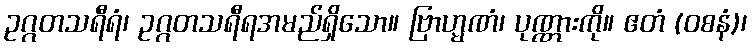
ဥဂ္ဂတသရီရံ၊ ဥဂ္ဂတသရီရအမည်ရှိသော။ ဗြာဟ္မဏံ၊ ပုဏ္ဏားကို။ ဧတံ (ဝစနံ)၊